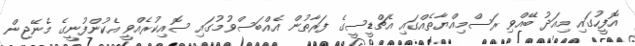
އޮފީހުގައި މިއަދު ބޭއްވި ރަސްމިއްޔާތެއްގައި އެޗްޑީސީގެ ފަރާތުން އެއްބަސްވުމުގައި ސޮއިކުރެއްވީ އެކުންފުނީގެ މެނޭޖިން